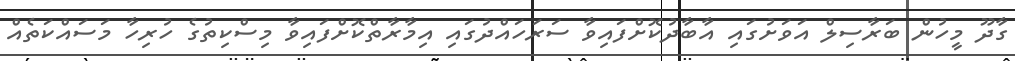
ގާދޫ މީހުން ބަރާސިލް އަވަށުގައި އާބާދުކޮށްފައިވާ ސަރަހައްދުގައި އިމާރާތްކޮށްފައިވާ މިސްކިތުގެ ހުރިހާ މަސައްކަތެއް